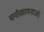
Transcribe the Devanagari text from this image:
मनोकामनाओ